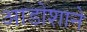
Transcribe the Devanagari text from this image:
आडोशाने